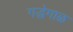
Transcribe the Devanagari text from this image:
गद्धेगाळ